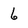
Character: 6